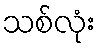
သစ်လုံး